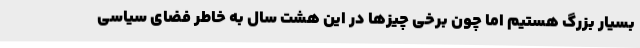
بسیار بزرگ هستیم اما چون برخی چیزها در این هشت سال به خاطر فضای سیاسی